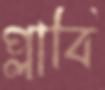
প্লাবি